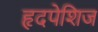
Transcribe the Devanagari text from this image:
हृदपेशिज